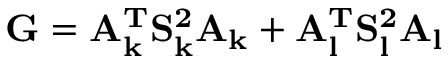
\mathrm { \bf G } = \mathrm { \bf A _ { k } ^ { T } } \mathrm { \bf S _ { k } ^ { 2 } } \mathrm { \bf A _ { k } } + \mathrm { \bf A _ { l } ^ { T } } \mathrm { \bf S _ { l } ^ { 2 } } \mathrm { \bf A _ { l } }